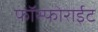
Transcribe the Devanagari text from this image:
फॉस्फोराईट